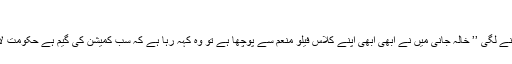
‘‘
گھر آئی تو منجھلی بھانجی کہنے لگی ’’ خالہ جانی میں نے ابھی ابھی اپنے کلاس فیلو منعم سے پوچھا ہے تو وہ کہہ رہا ہے کہ سب کمیشن کی گیم ہے حکومت لاشوں پر سیاست کر رہی ہے ۔